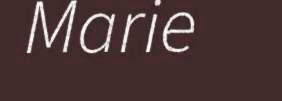
Marie